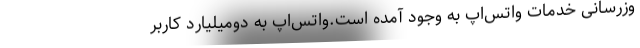
وزرسانی خدمات واتس‌اپ به وجود آمده است.واتس‌اپ به دومیلیارد کاربر